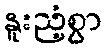
နူးညံ့စွာ